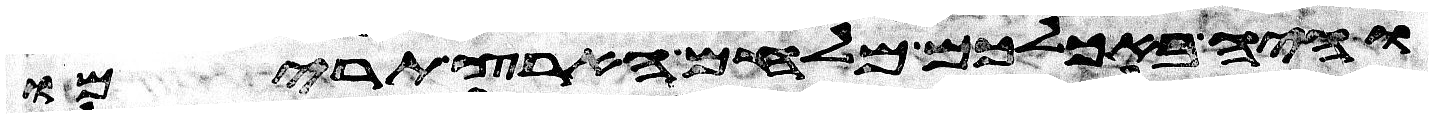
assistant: והיה באכלכם מלחם הארץ תרימו